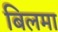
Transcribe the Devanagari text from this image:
बिलमा